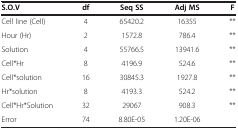
<table><thead><tr><td><b>S.O.V</b></td><td><b>df</b></td><td><b>Seq SS</b></td><td><b>Adj MS</b></td><td><b>F</b></td></tr></thead><tbody><tr><td>Cell line (Cell)</td><td>4</td><td>65420.2</td><td>16355</td><td>**</td></tr><tr><td>Hour (Hr)</td><td>2</td><td>1572.8</td><td>786.4</td><td>**</td></tr><tr><td>Solution</td><td>4</td><td>55766.5</td><td>13941.6</td><td>**</td></tr><tr><td>Cell*Hr</td><td>8</td><td>4196.9</td><td>524.6</td><td>**</td></tr><tr><td>Cell*solution</td><td>16</td><td>30845.3</td><td>1927.8</td><td>**</td></tr><tr><td>Hr*solution</td><td>8</td><td>4193.3</td><td>524.2</td><td>**</td></tr><tr><td>Cell*Hr*Solution</td><td>32</td><td>29067</td><td>908.3</td><td>**</td></tr><tr><td>Error</td><td>74</td><td>8.80E-05</td><td>1.20E-06</td><td> </td></tr></tbody></table>